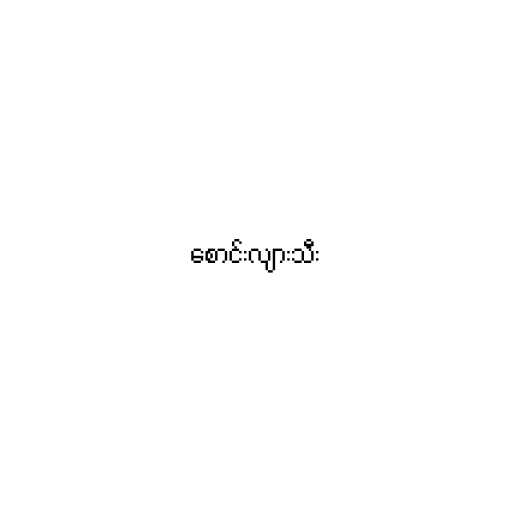
စောင်းလျားသီး